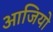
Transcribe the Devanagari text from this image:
आजियो